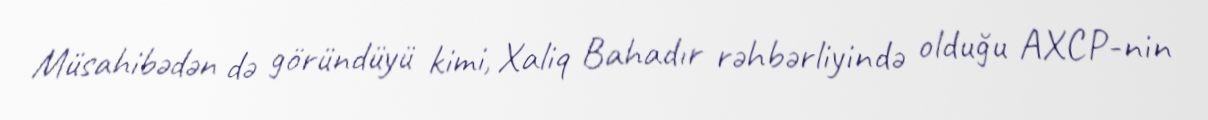
Müsahibədən də göründüyü kimi, Xaliq Bahadır rəhbərliyində olduğu AXCP-nin